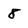
Character: 8